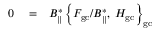
\begin{array} { r l r } { 0 } & { { } = } & { B _ { \| } ^ { * } \left\{ { \cal F } _ { \mathrm { g c } } / B _ { \| } ^ { * } , \frac { } { } { \cal H } _ { \mathrm { g c } } \right\} _ { \mathrm { g c } } } \end{array}